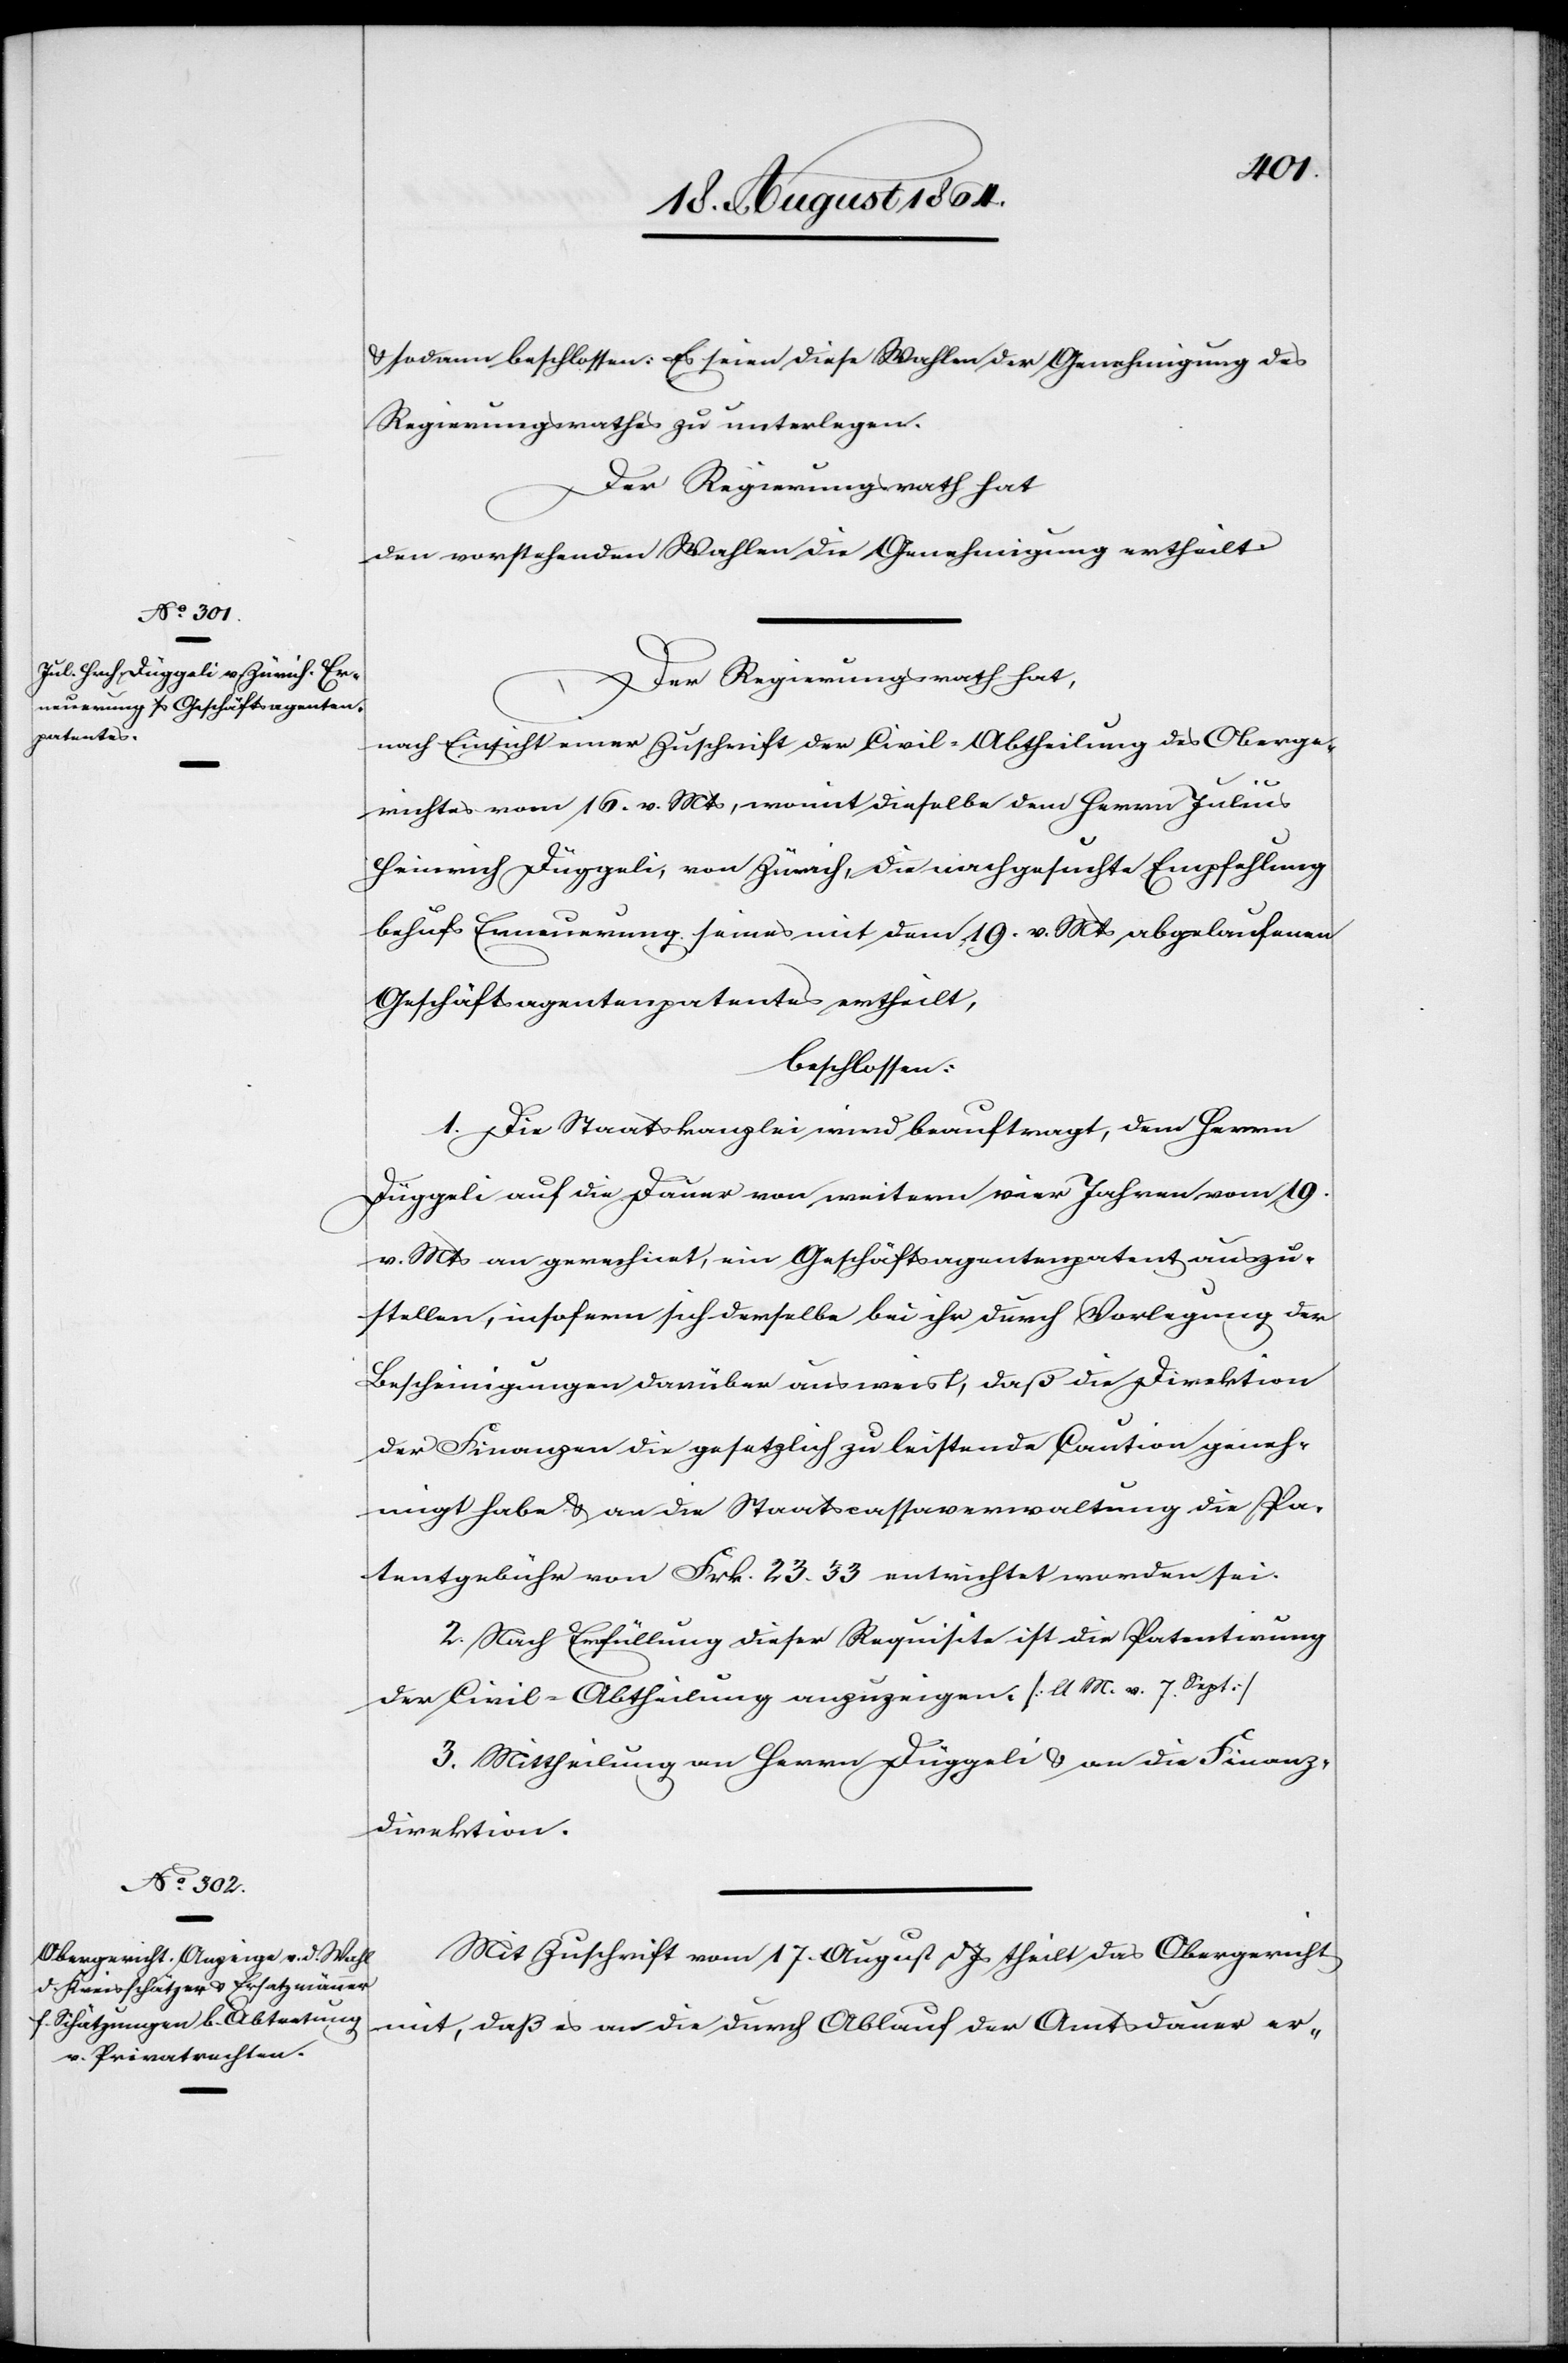
& sodann beschlossen: Es seien diese Wahlen der Genehmigung des
Regierungsrathes zu unterlegen.
Der Regierungsrath hat,
den vorstehenden Wahlen die Genehmigung ertheilt.
nach Einsicht einer Zuschrift der Civil-Abtheilung des Oberge¬
richtes vom 16. v. Mts, womit dieselbe dem Herrn Julius
Heinrich Düggeli, von Zürich., die nachgesuchte Empfehlung
behufs Erneuerung seines mit dem 19. v. Mts abgelaufenen
Geschäftsagentenpatentes ertheilt,
beschlossen:
1. Die Staatskanzlei wird beauftragt, dem Herrn
Düggeli auf die Dauer von weitern vier Jahren vom 19.
v. Mts an gerechnet, ein Geschäftsagentenpatent auszu¬
stellen, insofern sich derselbe bei ihr durch Vorlegung der
Bescheinigungen darüber ausweist, daß die Direktion
der Finanzen die gesetzlich zu leistende Caution geneh¬
migt habe & an die Staatscassaverwaltung die Pa¬
tentgebühr von Frk. 23.33 entrichtet worden sei.
2. Nach Erfüllung dieser Requisite ist die Patentirung
der Civil-Abtheilung anzuzeigen. [lt. M. v. 7. Sept.]
3. Mittheilung an Herrn Düggeli & an die Finanz¬
direktion.
Mit Zuschrift vom 17. August d. Js theilt das Obergericht
mit, daß es an die durch Ablauf der Amtsdauer er-